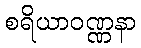
စရိယာဝဏ္ဏနာ